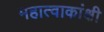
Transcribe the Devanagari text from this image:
महात्वाकांक्षी